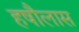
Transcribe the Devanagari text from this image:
हषौलास